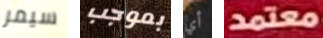
سيمر بموجب أي معتمد